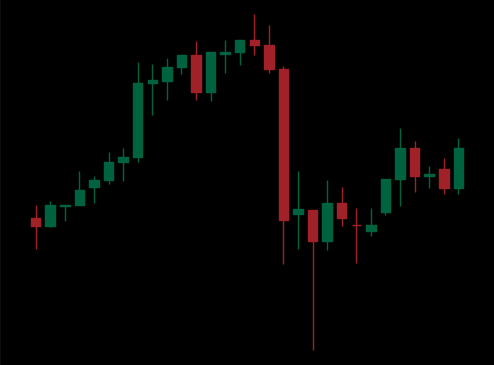
Pattern: unclassified